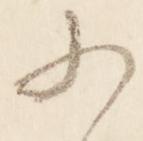
少